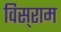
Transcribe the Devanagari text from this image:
विस्‌राम